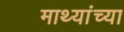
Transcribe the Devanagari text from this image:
माथ्यांच्या